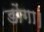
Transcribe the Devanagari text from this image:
डोंगा।